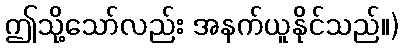
ဤသို့သော်လည်း အနက်ယူနိုင်သည်။)